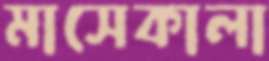
মাসেকালা